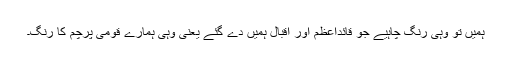
ہمیں تو وہی رنگ چاہیے جو قائداعظم اور اقبال ہمیں دے گئے یعنی وہی ہمارے قومی پرچم کا رنگ۔